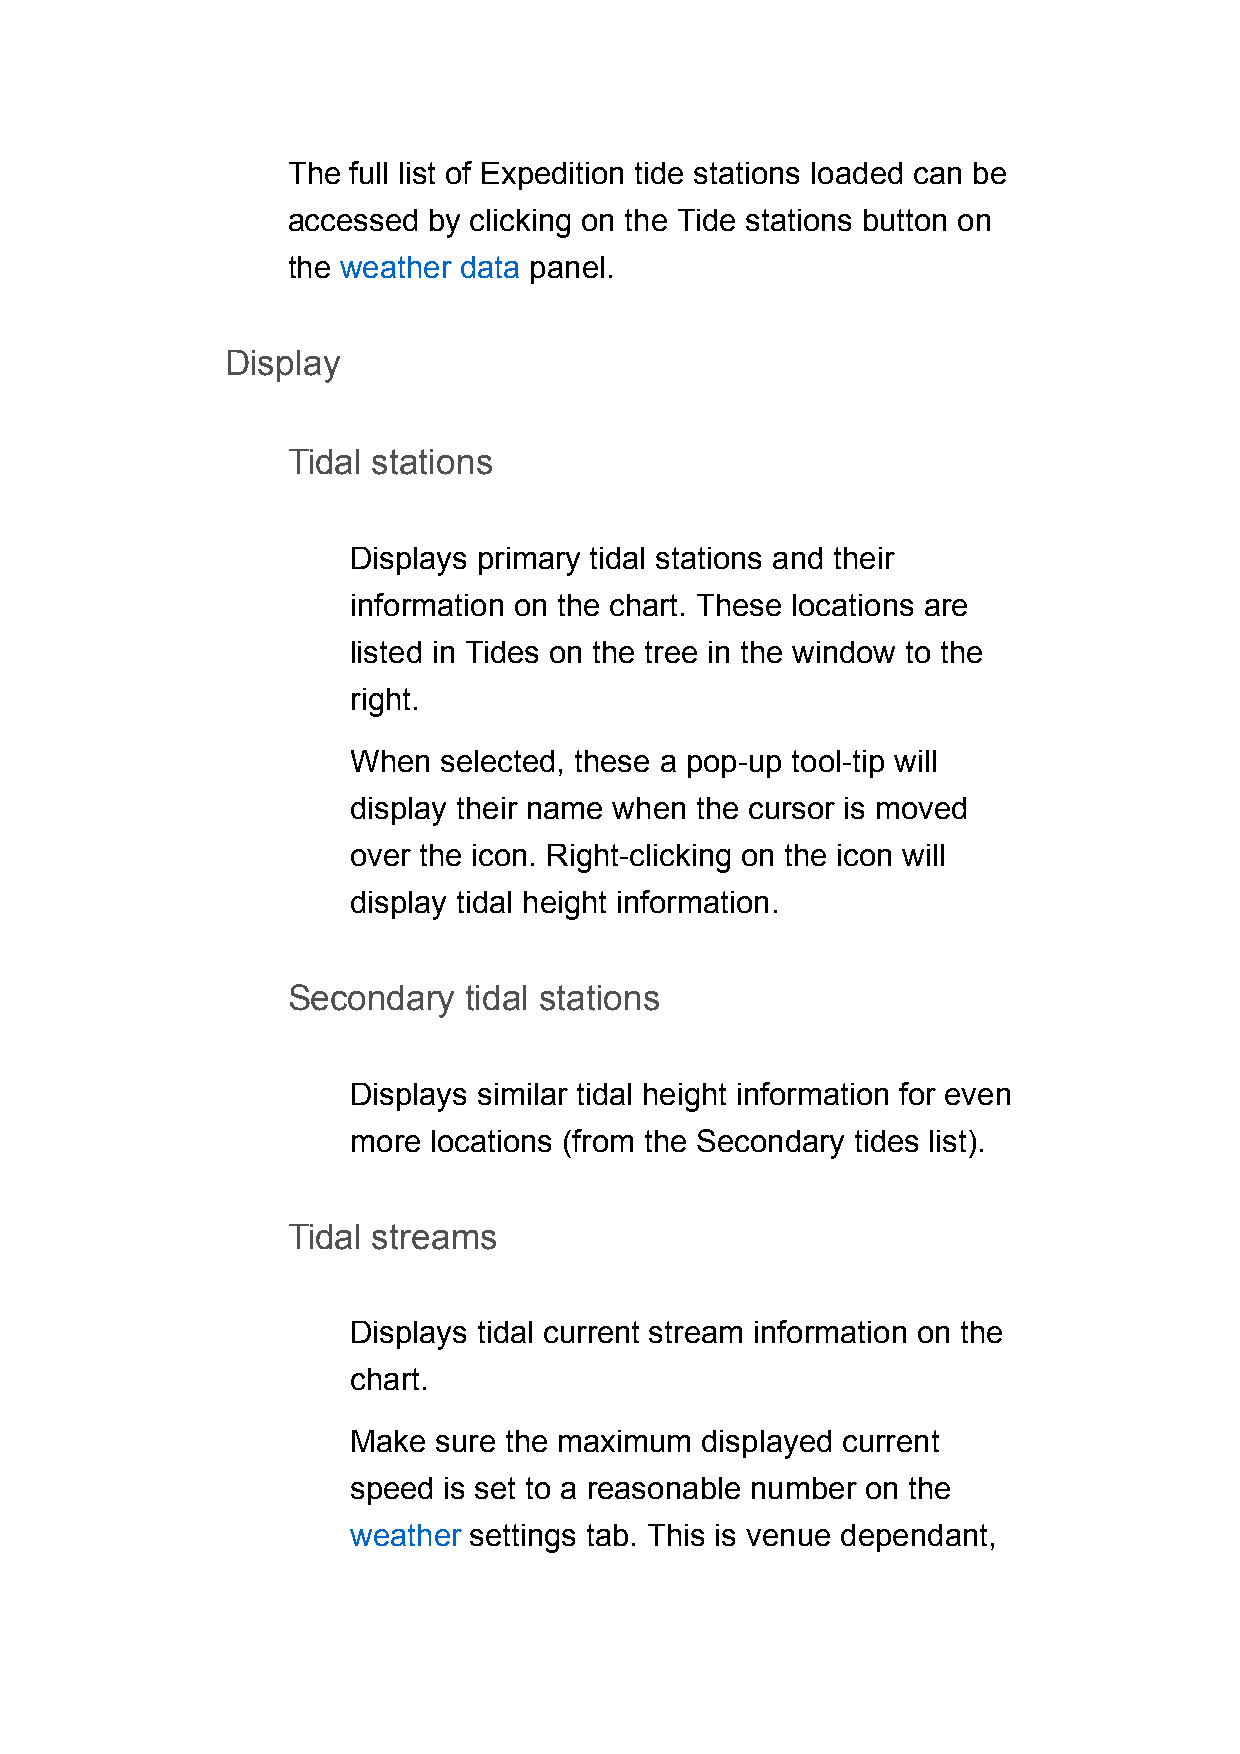
The full list of Expedition tide stations loaded can be
 accessed by clicking on the Tide stations button on
 the weather data panel.
 Display
 Tidal stations
 Displays primary tidal stations and their
 information on the chart. These locations are
 listed in Tides on the tree in the window to the
 right.
 When  selected, these a pop-up tool-tip will
 display their name when the cursor is moved
 over the icon. Right-clicking on the icon will
 display tidal height information.
 Secondary   tidal stations
 Displays similar tidal height information for even
 more locations (from the Secondary tides list).
 Tidal streams
 Displays tidal current stream information on the
 chart.
 Make  sure the maximum displayed current
 speed is set to a reasonable number on the
 weather settings tab. This is venue dependant,